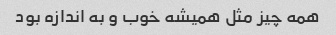
همه چیز مثل همیشه خوب و به اندازه بود